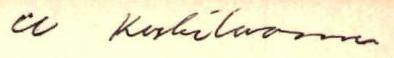
u Koskiluoma